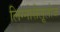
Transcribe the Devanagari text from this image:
लिग्नोसैलूलोज